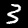
Label: 3